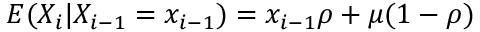
E ( X _ { i } | X _ { i - 1 } = x _ { i - 1 } ) = x _ { i - 1 } \rho + \mu ( 1 - \rho )